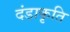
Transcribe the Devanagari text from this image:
दंडाकृति